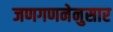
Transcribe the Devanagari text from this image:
जणगणनेनुसार